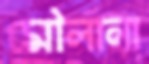
মৌলানা